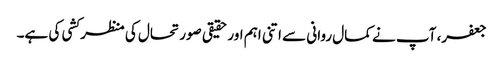
جعفر، آپ نے کمال روانی سے اتنی اہم اور حقیقی صورتحال کی منظر کشی کی ہے۔